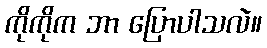
ကိုကိုက ဘာ ပြောပါသလဲ။